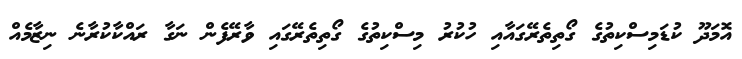
އޮމަދޫ ކުޑަމިސްކިތުގެ ގޯތިތެރޭގައާއި ހުކުރު މިސްކިތުގެ ގޯތިތެރޭގައި ވާރޭފެން ނަގާ ރައްކާކުރާނެ ނިޒާމެއް